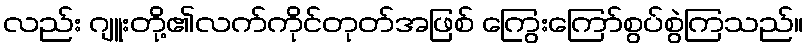
လည်း ဂျူးတို့၏လက်ကိုင်တုတ်အဖြစ် ကြွေးကြော်စွပ်စွဲကြသည်။